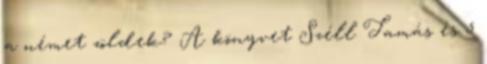
a német zöldek? A könyvet Széll Tamás és 5